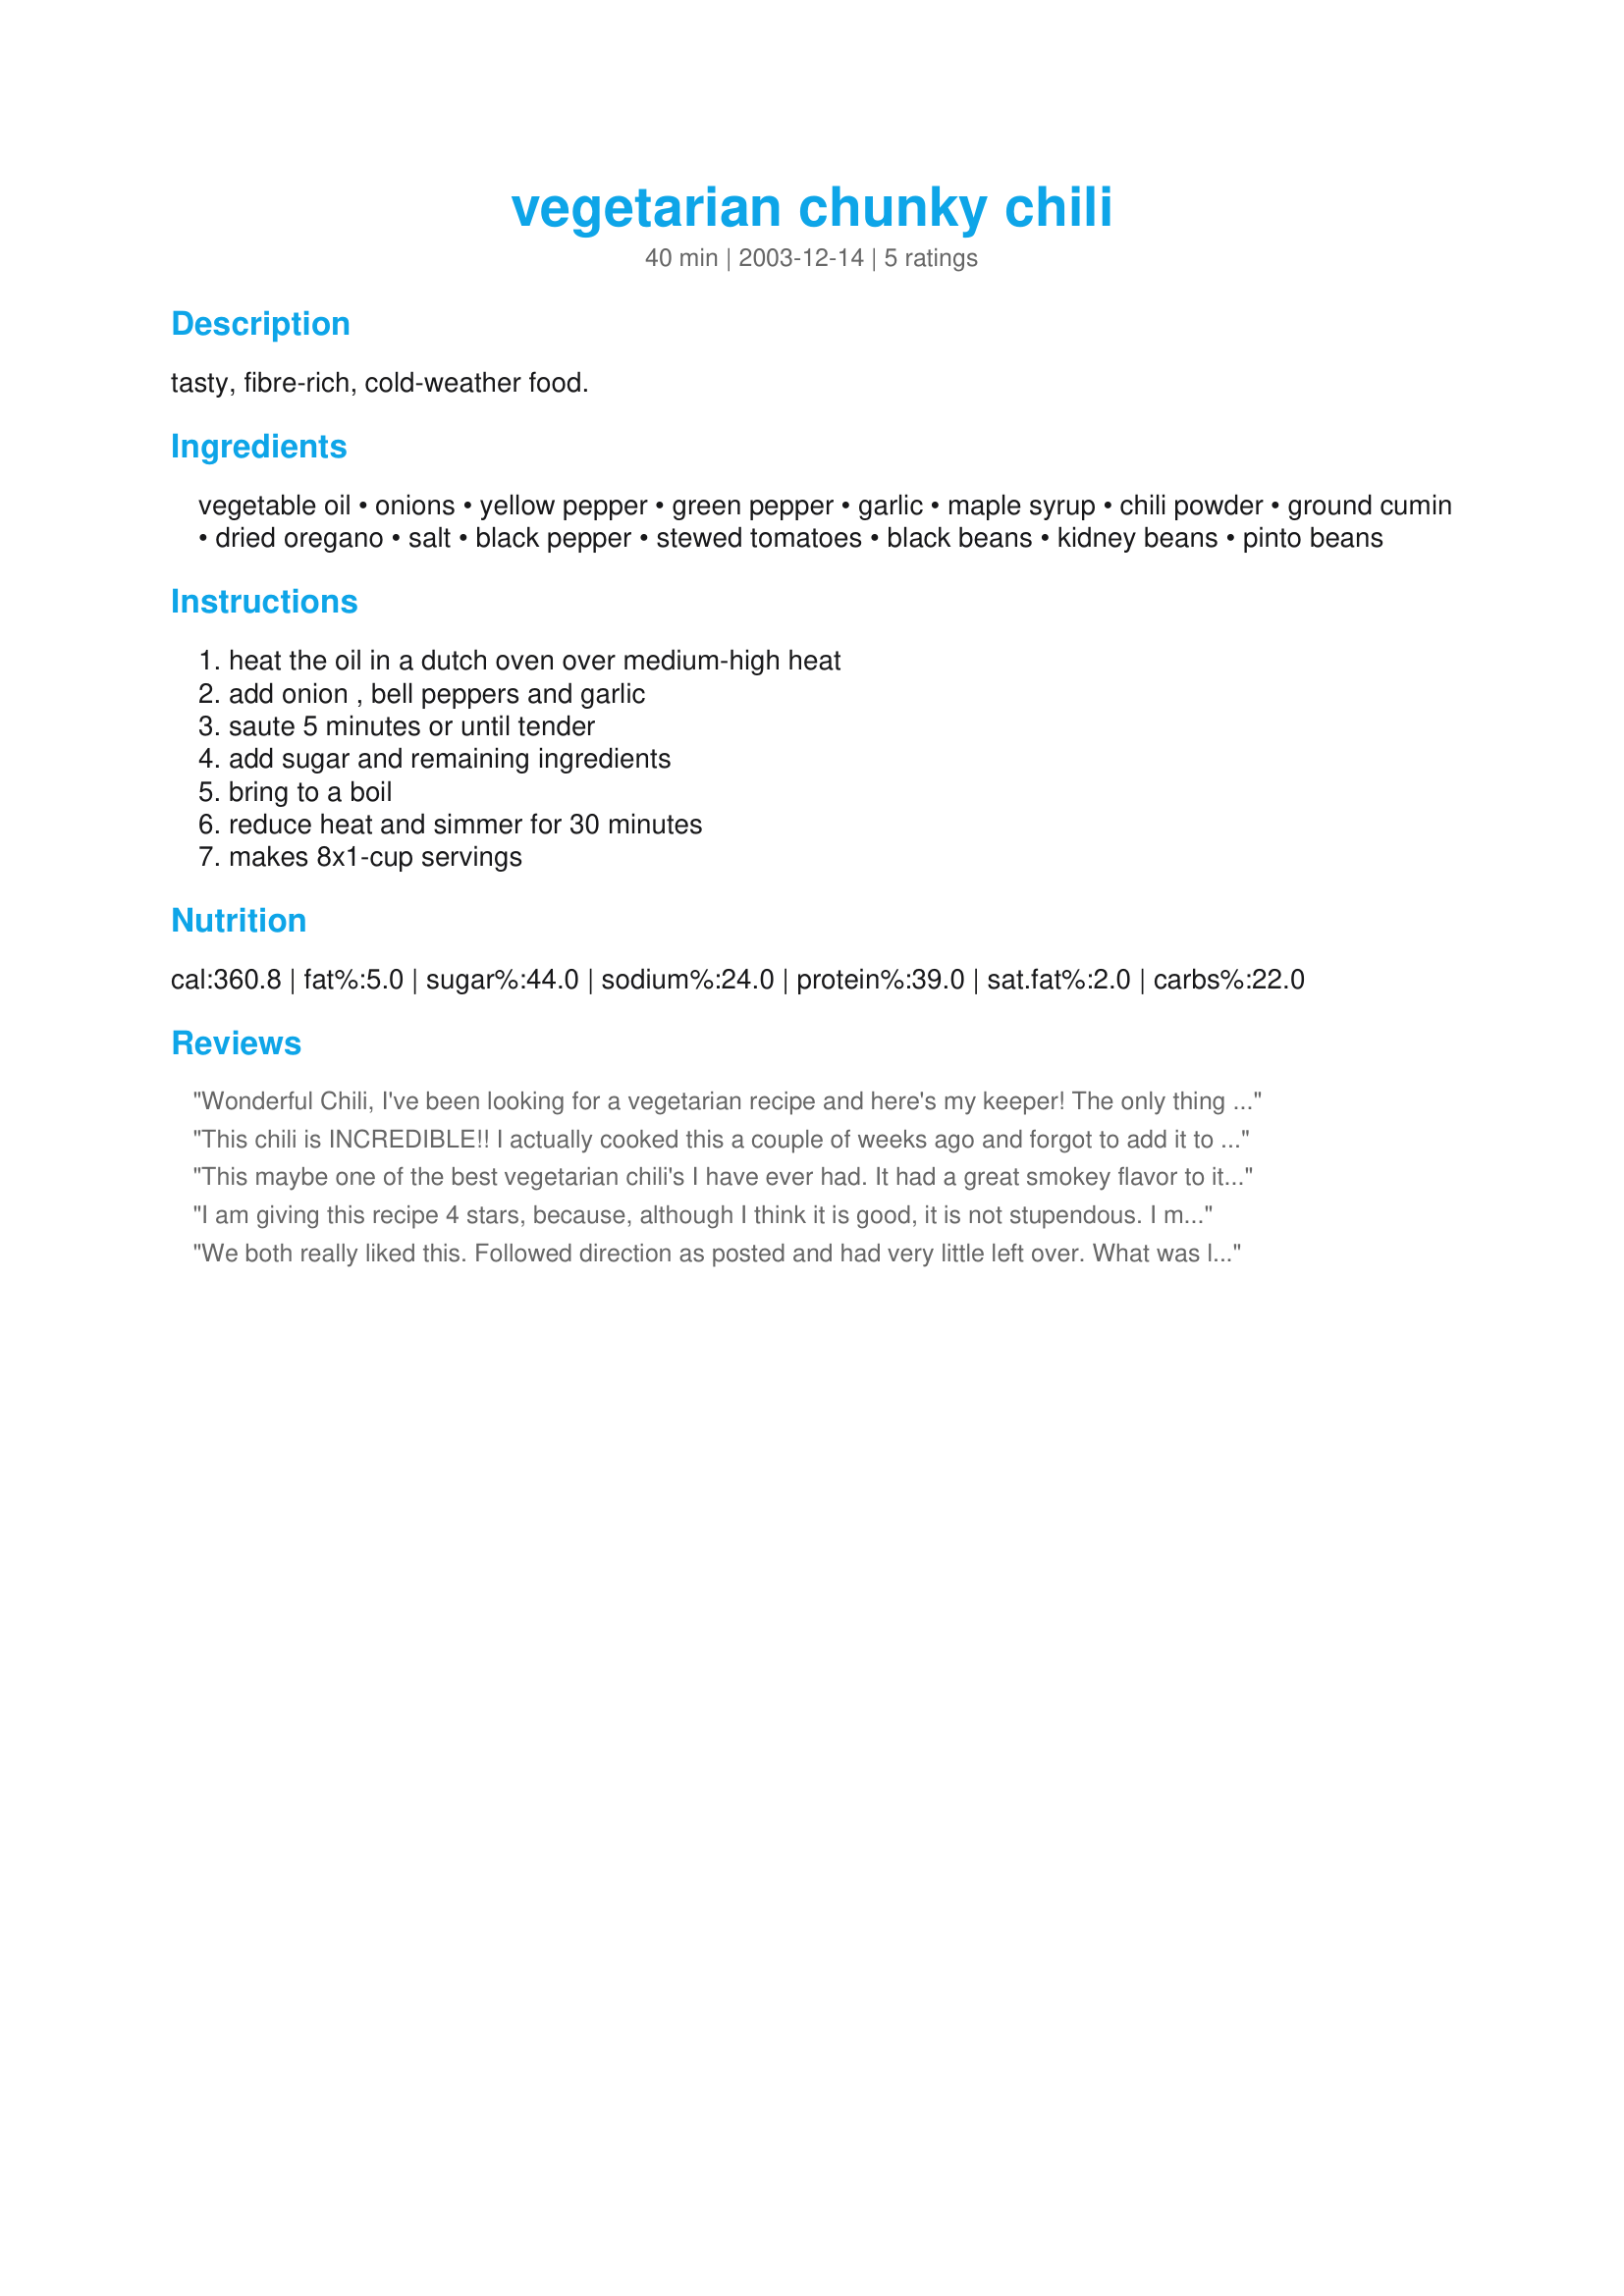
vegetarian chunky chili
Preparation time: 40 minutes

tasty, fibre-rich, cold-weather food.

Ingredients:
vegetable oil, onions, yellow pepper, green pepper, garlic, maple syrup, chili powder, ground cumin, dried oregano, salt, black pepper, stewed tomatoes, black beans, kidney beans, pinto beans

Steps:
heat the oil in a dutch oven over medium-high heat, add onion , bell peppers and garlic, saute 5 minutes or until tender, add sugar and remaining ingredients, bring to a boil, reduce heat and simmer for 30 minutes, makes 8x1-cup servings

Reviews:
Wonderful Chili, I've been looking for a vegetarian recipe and here's my keeper! The only thing I found was that there was just not enough liquid in the pot, so I added some water and then thickened it up with corn starch.
This chili is INCREDIBLE!! I actually cooked this a couple of weeks ago and forgot to add it to my cookbook and rate it...I just spent the last hour or so trying to find it again...it really is THAT GOOD. I made it exactly as you described, I used brown sugar and it added just enough sweetness to balance the flavors. I grind my own chili powder using equal amounts of dried pasilla and ancho chiles. Thanks Gerry for an amazing recipe.
This maybe one of the best vegetarian chili's I have ever had. It had a great smokey flavor to it. Gay made it for me when I was at her house. She made a meat version for the rest of the group.
I am giving this recipe 4 stars, because, although I think it is good, it is not stupendous. I made this recipe directly as written. But, this could be a very good low-budget recipe. You could use 2 green peppers and pre-cooked dry beans. You could also add other veggies to this recipe such as corn, or shredded carrots. We live in NM, and they make these things called "Frito Pies" here. So, I served this chili over a "bed" of fritos for my kids. I topped the adult's version with shredded cheese and sour cream.
We both really liked this. Followed direction as posted and had very little left over. What was left was even better next day.
